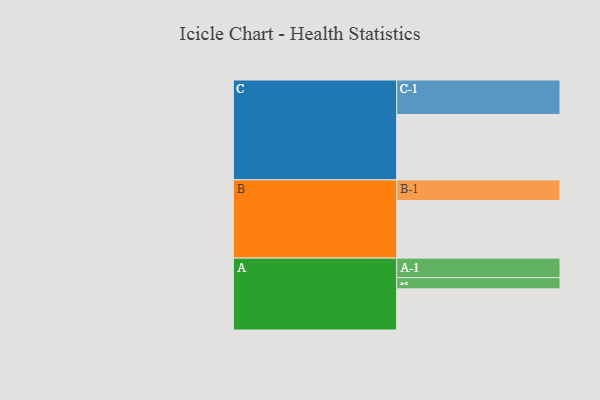
{"axis": {"x": "Segment", "y": "Value"}, "legend": ["", "A", "B", "C"], "data": [{"x": "A", "y": 351, "type": ""}, {"x": "B", "y": 491, "type": ""}, {"x": "C", "y": 558, "type": ""}, {"x": "A-1", "y": 166, "type": "A"}, {"x": "A-2", "y": 96, "type": "A"}, {"x": "B-1", "y": 176, "type": "B"}, {"x": "C-1", "y": 294, "type": "C"}]}